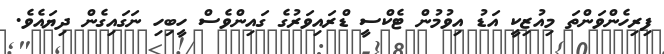
ފިރިހެންވަންތަ މިއުޒިކީ އަޑު އިވުމުން ޓެކްސީ ޑްރައިވަރުގެ ގައިންވެސް ހީބިހި ނަގައިގެން ދިޔައެވެ.